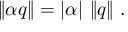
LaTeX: \lVert \alpha q \rVert = \left| \alpha \right| \, \lVert q \rVert ~ .